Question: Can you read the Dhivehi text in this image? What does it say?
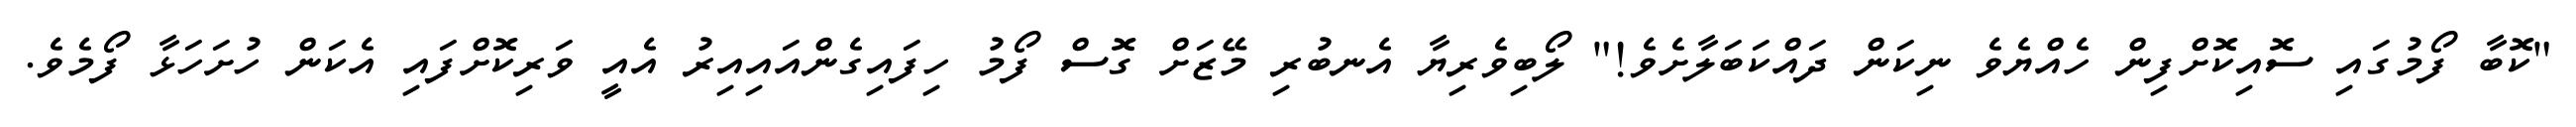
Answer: "ކޮބާ ފޯމުގައި ސޮއިކޮށްފިން ހެއްޔެވެ ނިކަން ދައްކަބަލާށެވެ!" ލޯބިވެރިޔާ އެނބުރި މޭޒަށް ގޮސް ފޯމު ހިފައިގެންއައިއިރު އެއީ ވަރިކޮށްފައި އެކަން ހުށަހަޅާ ފޯމެވެ.